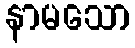
နာမသော